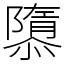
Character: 隳